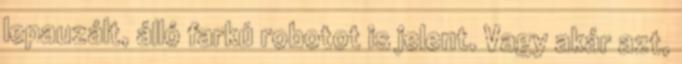
lepauzált, álló farkú robotot is jelent. Vagy akár azt,